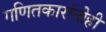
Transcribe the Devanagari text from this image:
गणितकारांनीही